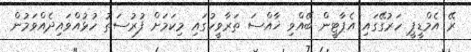
ރޭ އެމްޑީޕީ ހަރުގޭގައި އެޕާޓީން ބޭއްވި ޚާއްސަ ތަރާވީހުގައި މިކަމަށް ފުރުސަތު ހުޅުއްވައިދެއްވަމުން